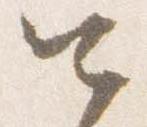
四